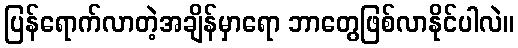
ပြန်ရောက်လာတဲ့အချိန်မှာရော ဘာတွေဖြစ်လာနိုင်ပါလဲ။